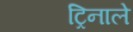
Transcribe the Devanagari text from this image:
ट्रिनाले